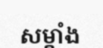
សម្គាំង